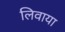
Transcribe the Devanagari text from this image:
लिवाया